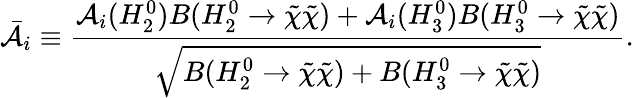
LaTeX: \bar{\cal A}_{i}\equiv\frac{{\cal A}_{i}(H_{2}^{0})B(H_{2}^{0}\rightarrow\tilde{\chi}\tilde{\chi})+{\cal A}_{i}(H_{3}^{0})B(H_{3}^{0}\rightarrow\tilde{\chi}\tilde{\chi})}{\sqrt{B(H_{2}^{0}\rightarrow\tilde{\chi}\tilde{\chi})+B(H_{3}^{0}\rightarrow\tilde{\chi}\tilde{\chi})}}.